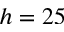
h = 2 5